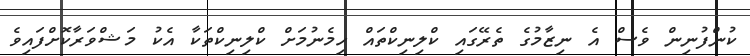
ކުންފުނިން ވެސް އެ ނިޒާމުގެ ތެރޭގައި ކްލިނިކްތައް ހިމެނުމަށް ކްލިނިކްތަކާ އެކު މަޝްވަރާކޮށްފައިވެ